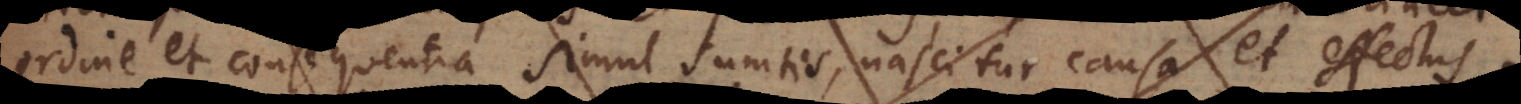
ordine et consequentia simul sumtis, nascitur causa et effectus.